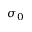
\sigma _ { 0 }